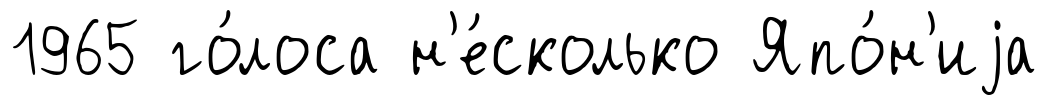
1965 го́лоса н'е́сколько Япо́н'иjа